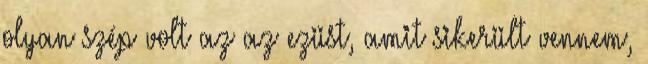
olyan szép volt az az ezüst, amit sikerült vennem,